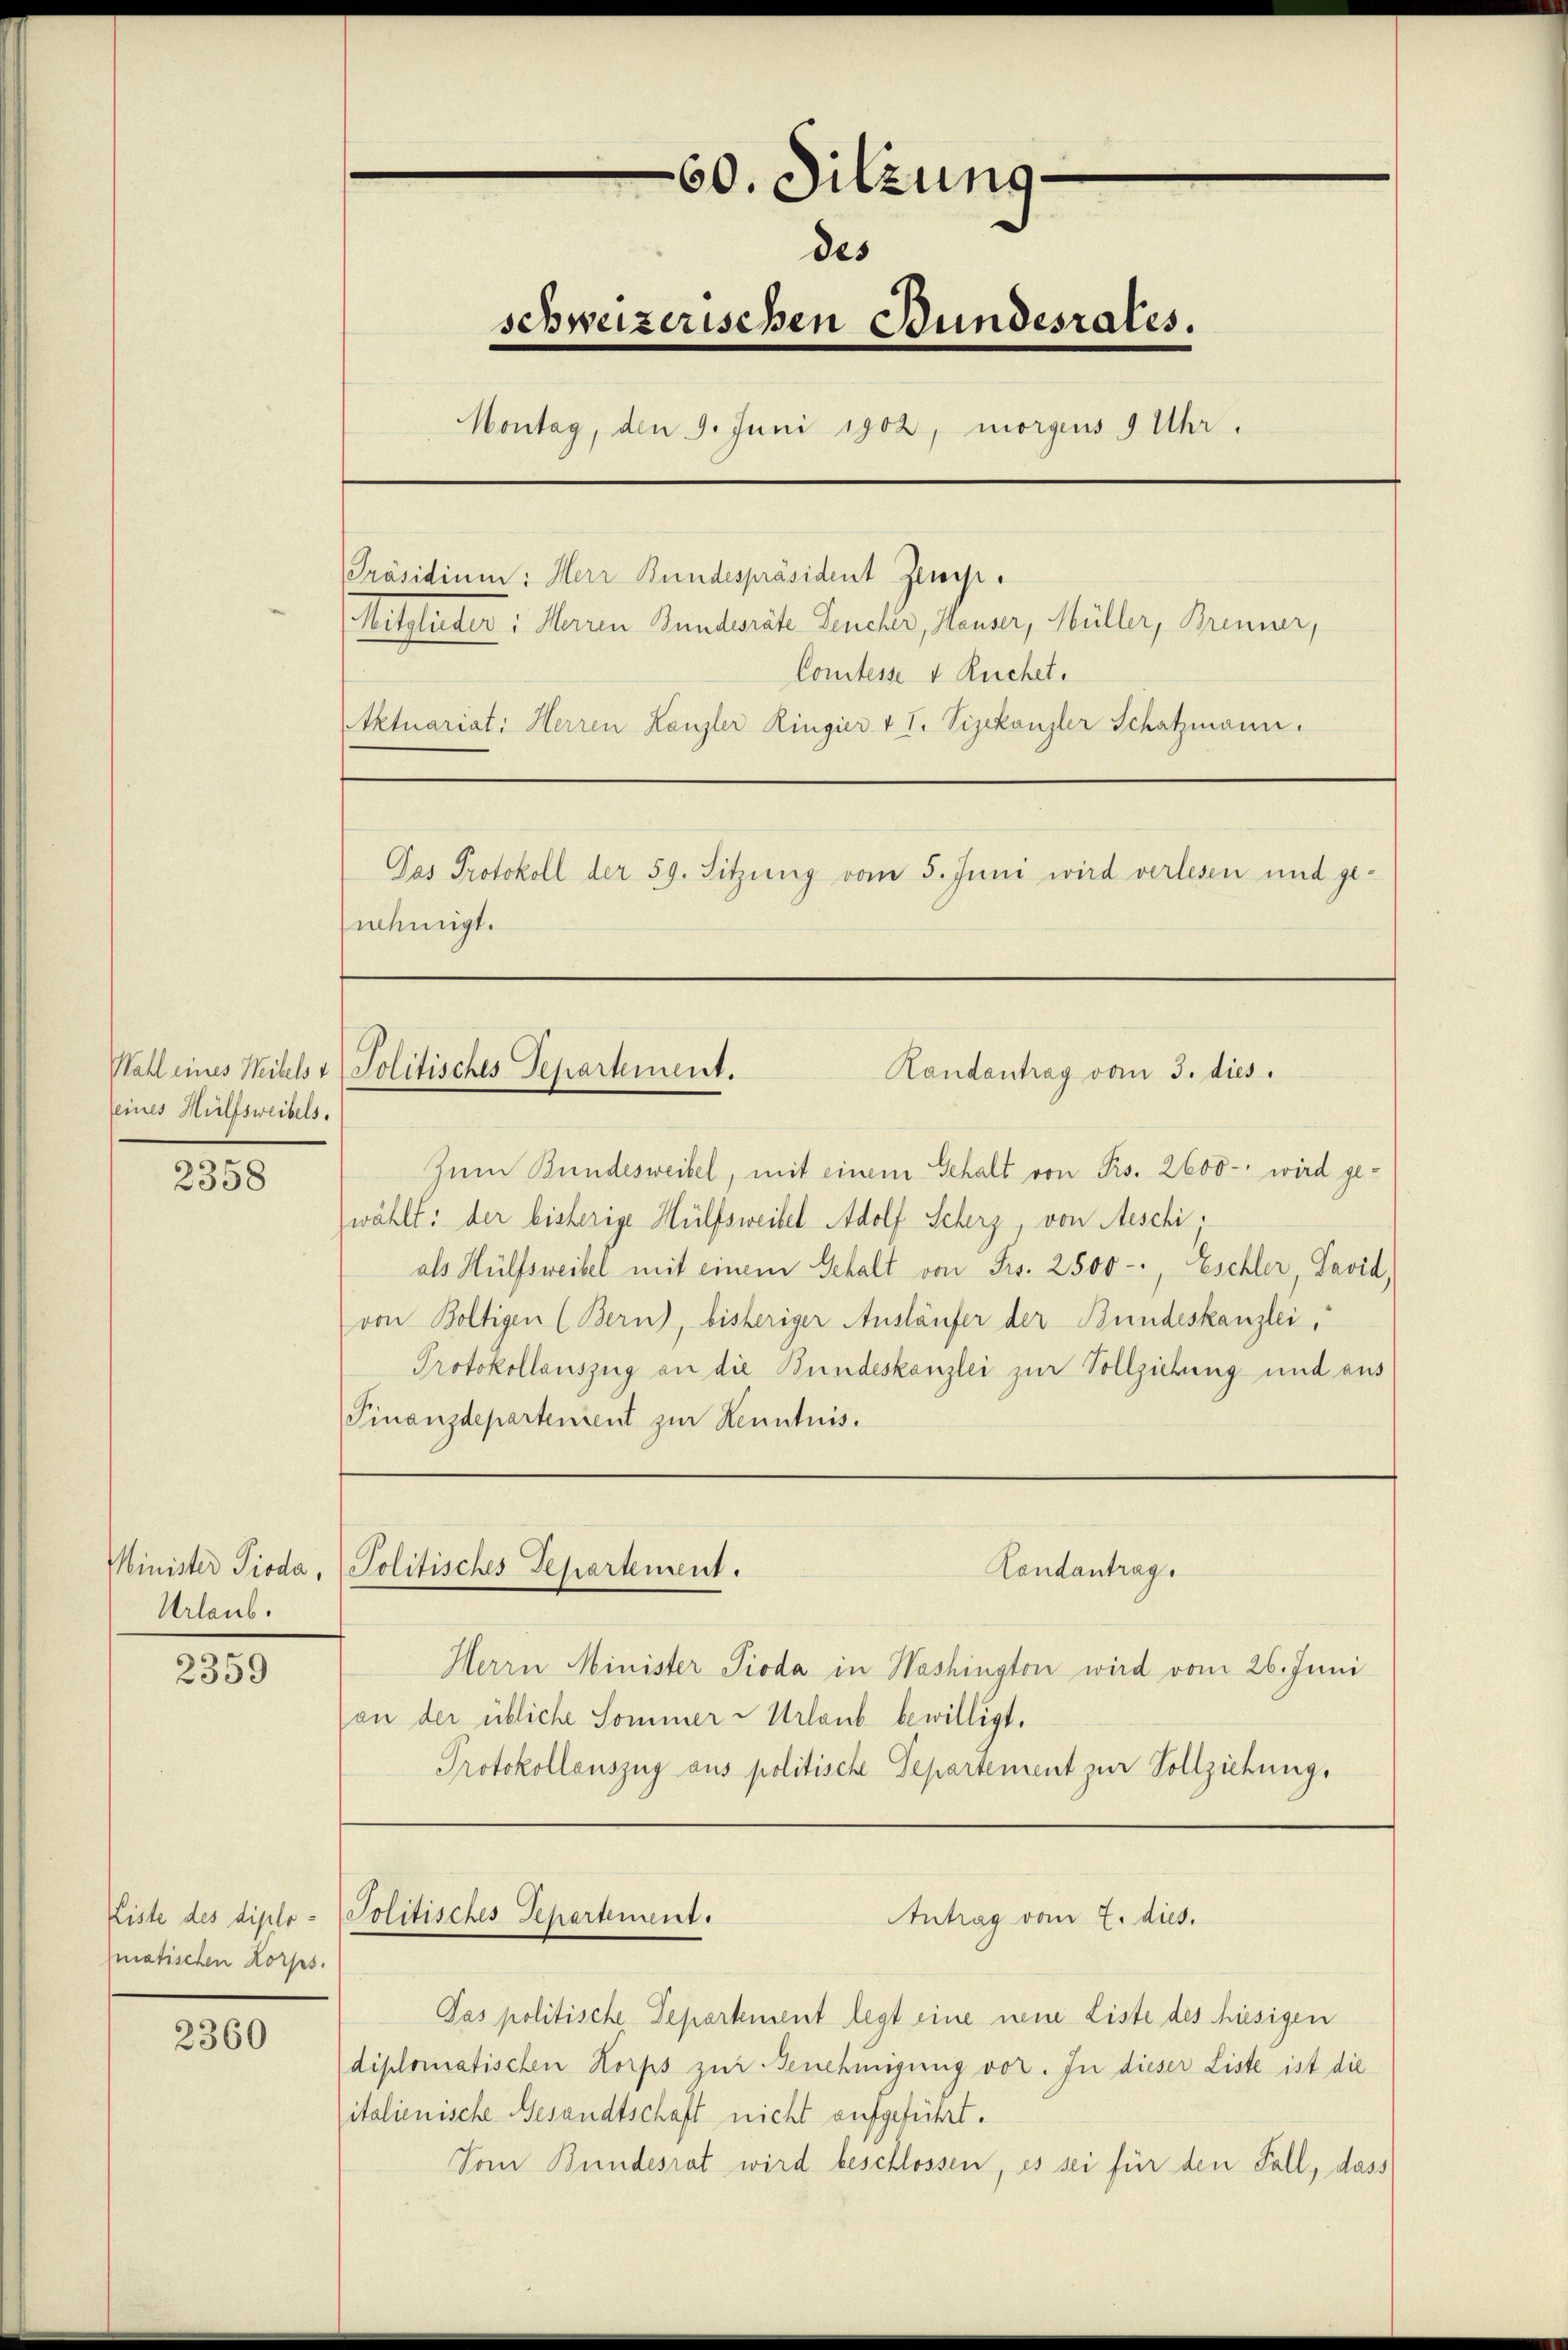
eines Hilfsweibels.

2358

Minister Pioda,
Urlaub.

2359

2360

60. Sitzung
des
schweizerischen Bundesrates.
Montag, den 9. Juni 1902, morgens 9 Uhr.
Präsidium: Herr Bundespräsident Zinse.
Mitglieder: Herren Bunderäte Teucher, Hauser, Müller, Brenner,
Comtesse & Ruchet.
Aktuariat: Herren Kanzler Ringier v I. Vizekanzler Schatzmann.
Das Protokoll der 59. Sitzung vom 5. Juni wird verlesen und ge-
nehmigt.

Zum Bundesweibel, mit einem Gehalt von Frs. 2600 - wird ge-
wählt: der bisherige Hülfsweibel Adolf Scherz, von Aeschi
als Hülfsweibel mit einem Gehalt von Frs. 2500-, Eschler, Pavid,
von Boltigen (Bern, bisheriger Ausläufer der Bundeskanzlei,
Protokollauszug an die Bundeskanzlei zur Vollziehung und aus
Finanzdepartenient zur Kenntnis.

matischen Korps.

Wahl eines Weihlst Politisches Separtement.

Politisches Departement.

Herrn Minister Pioda in Washington wird vom 26. Juni
an der übliche Sommer  Urlaub bewilligt.
Protokollauszug aus politische Departement zur Vollziehung,

Liste des diplo - Politisches Repartement.

Randantrag vom 3. dies

Landantrag,

Antrag vom E. dies.

Pas politische Departement legt eine neue Liste des hiesigen
diplomatischen Korps zur Benehmigung vor. In dieser Liste ist die
italienische Gesandtschaft nicht aufgeführt.
Vom Bundesrat wird beschlossen, es sei für den Fall, dass